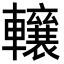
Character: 𨏛